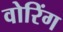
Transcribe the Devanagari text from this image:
वोरिंग